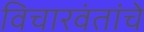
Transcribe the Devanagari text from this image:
विचारवंतांचे